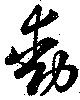
動